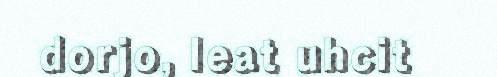
dorjo, leat uhcit